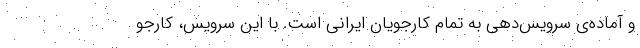
و آماده‌ی سرویس‌دهی به تمام کارجویان ایرانی است. با این سرویس، کارجو